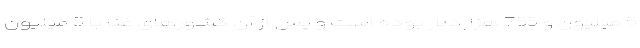
5 میلیون و 755 هزاردلار بوده است و پس از آن کشورهای غنا با 5 میلیون